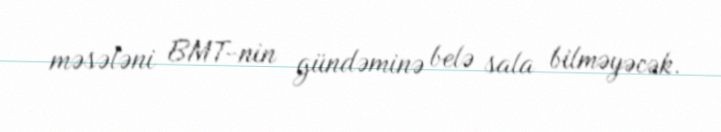
məsələni BMT-nin gündəminə belə sala bilməyəcək.